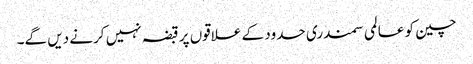
چین کو عالمی سمندری حدود کے علاقوں پر قبضہ نہیں کرنے دیں گے۔